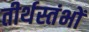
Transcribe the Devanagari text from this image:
तीर्थस्तंभों